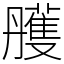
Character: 雘